Lunatic asylums Central Provinces reports 1910-1926 - 1910-1926
Year: 1910
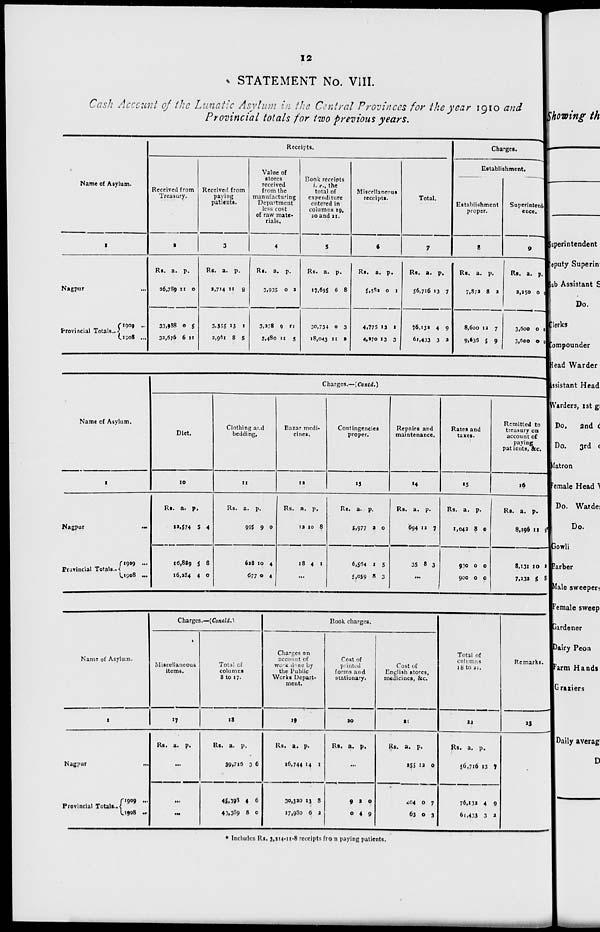
12
STATEMENT No. VIII.
Cash Account of the Lunatic Asylum in the Central Provinces for the year 1910 and
Provincial totals for two previous years.
Name of Asylum.
1
Nagpur ...
Provincial Totals..
1909 ...
1908 ...
Receipts.
Received from
Treasury.
2
Rs.
26,789
33,938
32,676
a.
11
0
6
p.
0
5
11
Received from
paying
patients.
3
Rs.
2,714
3,358
2,961
a.
11
13
8
p.
8
1
5
Value of
stores
received
from the
manufacturing
Department
less cost
of raw mate-
rials.
4
Rs.
3,935
3,278
3,480
a.
0
9
11
p.
2
11
5
Book receipts
i. e., the
total of
expenditure
entered in
columns 19,
so and 21.
5
Rs.
17,695
30,734
18,043
a.
6
0
11
p.
8
3
2
Miscellaneous
receipts.
6
Rs.
5,582
4,775
4,270
a.
0
13
13
p.
1
1
3
Total.
7
Rs.
56,716
76,132
61,433
a.
13
4
3
p.
7
9
2
Charges.
Establishment.
Establishment
proper.
8
Rs.
7,872
8,600
9,636
a.
8
12
5
p.
2
7
9
Superintend.
ence.
9
Rs.
3,250
3,600
3,600
a.
0
0
0
p.
0
0
0
Name of Asylum.
1
Nagpur
...
Provincial Totals...
1909 ...
1908 ...
Charges.—(Contd.)
Diet.
10
Rs.
12,574
16,889
16,234
a.
5
5
4
p.
4
8
0
Clothing and
bedding,
11
Rs.
995
628
677
a.
9
10
0
p.
0
4
4
Bazar medi-
cines.
12
Rs.
12
18
a.
10
4
p.
8
1
...
Contingencies
proper.
13
Rs.
5,977
6,564
5,059
a.
2
1
8
p.
0
5
3
Repairs and
maintenance.
14
Rs.
694
35
a.
12
8
p.
7
3
...
Rates and
taxes.
15
Rs.
1,042
930
900
a.
8
0
0
p.
0
0
0
Remitted to
treasury on
account of
paying
patients, &c.
16
Rs.
8,396
8,131
7,232
a.
11
10
5
p.
9
2
8
Name of Asylum.
1
Nagpur
...
Provincial Totals..
1909
...
1908 ...
Charges.—(Concld.)
Miscellaneous
items.
17
Rs. a. p.
...
...
...
Total of
columns
8 to 17.
18
Rs.
39,715
45,398
43,389
a.
3
4
8
p.
6
6
0
Book charges.
Charges on
account of
work done by
the Public
Works Depart-
ment.
19
Rs.
16,744
30,320
17,980
a.
14
13
6
p.
1
8
2
Cost of
printed
forms and
stationary.
20
Rs.
a. p.
...
9
0
2
4
0
9
Cost of
English stores,
medicines, &c.
21
Rs.
255
204
63
a.
12
0
0
p.
0
7
3
Total of
columns
18 to 21.
22
Rs.
56,716
76,132
61,433
a.
13
4
3
p.
7
9
2
Remarks.
23
* Includes Rs. 3,214-11-8 receipts from paying patients.